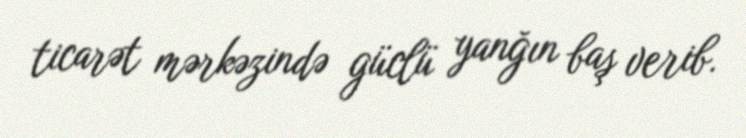
ticarət mərkəzində güclü yanğın baş verib.